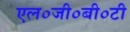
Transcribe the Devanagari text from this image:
एल०जी०बी०टी